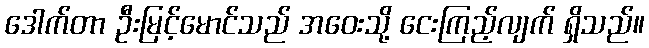
ဒေါက်တာ ဦးမြင့်မောင်သည် အဝေးသို့ ငေးကြည့်လျက် ရှိသည်။